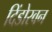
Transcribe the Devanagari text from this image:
दिंडोरवन